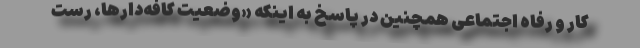
کار و رفاه اجتماعی همچنین در پاسخ به اینکه «وضعیت کافه‌دارها، رست